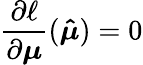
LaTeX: \frac{\partial\ell}{\partial\boldsymbol{\mu}}(\boldsymbol{\hat{\mu}})=0